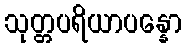
သုတ္တပရိယာပန္နော